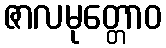
ဇာလမုတ္တောဝ